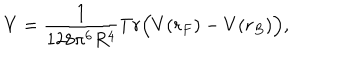
LaTeX: V = \frac { 1 } { 1 2 8 \pi ^ { 6 } R ^ { 4 } } T r \Bigl ( V ( r _ { F } ) - V ( r _ { B } ) \Bigr ) ,